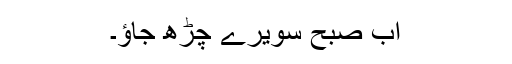
اب صبح سویرے چڑھ جاؤ۔